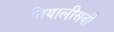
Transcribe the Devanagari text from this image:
तियालीसवी